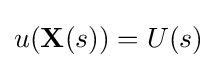
u(\mathbf {X} (s))=U(s)